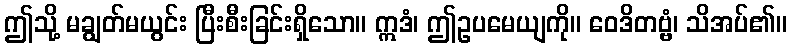
ဤသို့ မချွတ်မယွင်း ပြီးစီးခြင်းရှိသော။ ဣဒံ၊ ဤဥပမေယျကို။ ဝေဒိတဗ္ဗံ၊ သိအပ်၏။